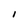
Character: I